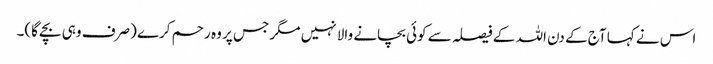
اس نے کہا آج کے دن اللہ کے فیصلہ سے کوئی بچانے والا نہیں مگر جس پر وہ رحم کرے (صرف وہی بچے گا)۔